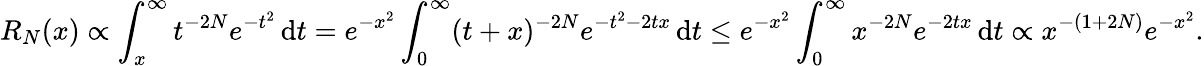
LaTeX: R_{N}(x)\propto\int_{x}^{\infty}t^{-2N}e^{-t^{2}}\, \mathrm{d}t=e^{-x^{2}}\int_{0}^{\infty}(t+x)^{-2N}e^{-t^{2}-2tx}\, \mathrm{d}t\leq e^{-x^{2}}\int_{0}^{\infty}x^{-2N}e^{-2tx}\, \mathrm{d}t\propto x^{-(1+2N)}e^{-x^{2}}.